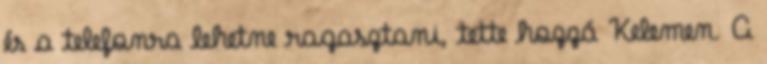
és a telefonra lehetne ragasztani, tette hozzá Kelemen. A